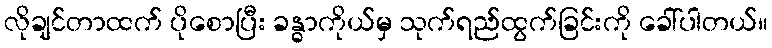
လိုချင်တာထက် ပိုစောပြီး ခန္ဓာကိုယ်မှ သုက်ရည်ထွက်ခြင်းကို ခေါ်ပါတယ်။